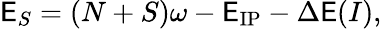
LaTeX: \mathsf{E}_{S}=(N+S)\omega-\mathsf{E}_{\mathrm{{IP}}}-\Delta\mathsf{E}(I),